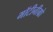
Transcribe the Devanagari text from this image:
मॉटीनीग्रो